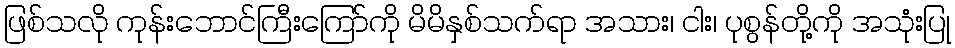
ဖြစ်သလို ကုန်းဘောင်ကြီးကြော်ကို မိမိနှစ်သက်ရာ အသား၊ ငါး၊ ပုစွန်တို့ကို အသုံးပြု